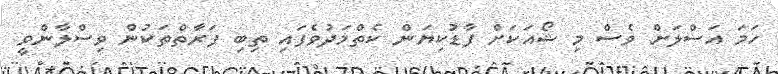
ހަމަ އަސްލަށް ވެސް މި ޝޯއަކަށް ފާޑުކިޔަން ކެތްމަދުވެފައި ތިބި ފަރާތްތަކުން ވިސްލާންވީ